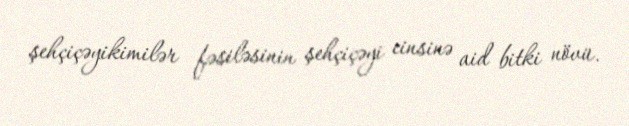
şehçiçəyikimilər fəsiləsinin şehçiçəyi cinsinə aid bitki növü.